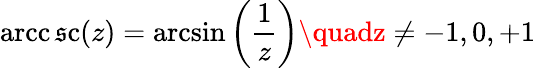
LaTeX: \operatorname{arcc\mathfrak{s}c}(z)=\arcsin\left({\frac{{1}}{{z}}}\right)\quadz\neq-1,0,+1